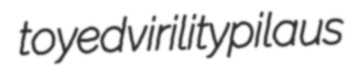
toyed virility pilaus